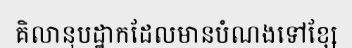
គិលានុបដ្ឋាកដែលមានបំណងទៅខ្សែ